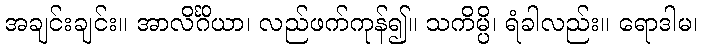
အချင်းချင်း။ အာလိင်္ဂိယာ၊ လည်ဖက်ကုန်၍။ သကိမ္ပိ၊ ရံခါလည်း။ ရောဒါမ၊